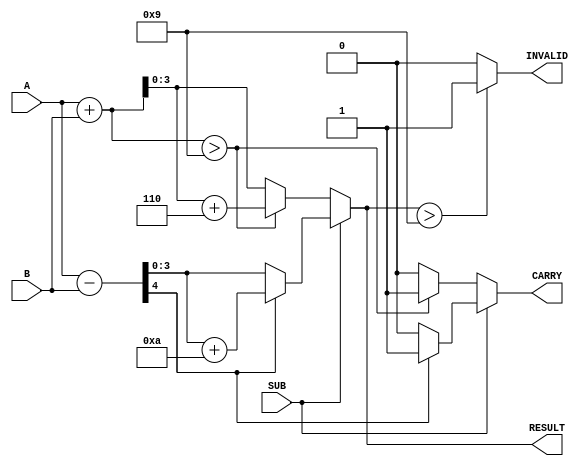
module BCD_Add_Subtracter (
    input  wire [3:0] A,        // First BCD digit
    input  wire [3:0] B,        // Second BCD digit
    input  wire SUB,            // Control signal for operation (0: Add, 1: Subtract)
    output reg  [3:0] RESULT,   // Resulting BCD digit
    output reg  CARRY,          // Carry out for addition or borrow for subtraction
    output reg  INVALID         // Invalid BCD result indicator
);

    wire [4:0] sum;            // 5-bit sum for addition
    wire [4:0] subtract;       // 5-bit result for subtraction

    // Perform addition
    assign sum = A + B;
    
    // Perform subtraction (A - B)
    assign subtract = {1'b0, A} - {1'b0, B};

    always @(*) begin
        // Default outputs
        RESULT = 4'b0000;
        CARRY = 1'b0;
        INVALID = 1'b0;

        if (~SUB) begin // Addition operation
            if (sum > 9) begin
                RESULT = sum + 4'b0110; // BCD correction
                CARRY = 1'b1;            // Set carry flag
            end else begin
                RESULT = sum[3:0];       // No correction needed
            end
        end else begin // Subtraction operation
            if (subtract[4]) begin // If result is negative
                RESULT = subtract + 4'b1010; // BCD correction by adding 10
                CARRY = 1'b1;                 // Set borrow flag
            end else begin
                RESULT = subtract[3:0]; // No correction needed
            end
        end

        // Check for invalid BCD result
        if (RESULT > 9) begin
            INVALID = 1'b1;
        end
    end
endmodule